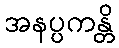
အနပ္ပကန္တိ